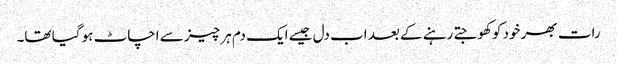
رات بھر خود کو کھوجتے رہنے کے بعد اب دل جیسے ایک دم ہر چیز سے اچاٹ ہو گیا تھا۔